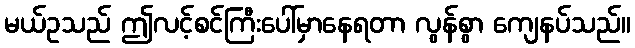
မယ်ဥသည် ဤလင့်စင်ကြီးပေါ်မှာနေရတာ လွန်စွာ ကျေနပ်သည်။